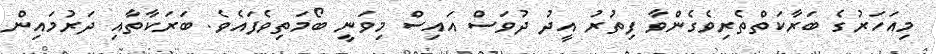
މިއަހަރުގެ ބަރާކަތްތެރިވެގެންވާ ފިތުރު އީދު ދުވަސް އައިސް މިވަނީ ބޯމަތިވެފައެވެ. ބަރަކާތާއި ދަރުމައިން